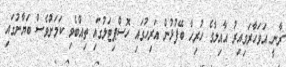
ރާނީ އަވަހާރަވިއިރު އާއިލާގެ ހުރިހާ ބޭފުޅުން އަރިހުގައި ހޮސްޕިޓަލުގައި ތިއްބެވި ކަމަށްވެސް ބަޔާނުގައި